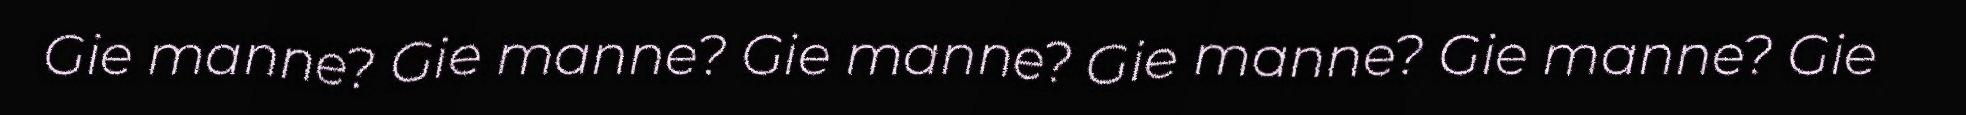
Gie manne? Gie manne? Gie manne? Gie manne? Gie manne? Gie